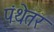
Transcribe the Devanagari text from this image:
पंथेतर